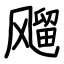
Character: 飗